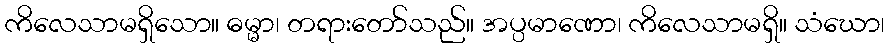
ကိလေသာမရှိသော။ ဓမ္မာ၊ တရားတော်သည်။ အပ္ပမာဏော၊ ကိလေသာမရှိ။ သံဃော၊